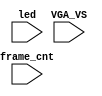
`timescale 1ns/1ps

module mist_dump(
    input           VGA_VS,
    input           led,
    input   [31:0]  frame_cnt
);

`ifdef DUMP
`ifndef NCVERILOG // iVerilog:
    initial begin
        // #(200*100*1000*1000);
        $display("iverilog: DUMP enabled");
        $dumpfile("test.lxt");
    end
    `ifdef LOADROM
    //always @(negedge led) if( $time > 20000 ) begin // led = downloading signal
    initial begin
        $display("iverilog: DUMP starts");
        $dumpvars(1,mist_test.UUT.u_game);
        $dumpon;
    end
    `else
        `ifdef DUMP_START
        always @(negedge VGA_VS) if( frame_cnt==`DUMP_START ) begin
        `else
            initial begin
        `endif
            $display("DUMP starts");
            `ifdef DEEPDUMP
                $dumpvars(0,mist_test);
            `else
                $dumpvars(1,mist_test.UUT.u_game.u_main);
                $dumpvars(1,mist_test.UUT.u_game.u_sdram);
                $dumpvars(1,mist_test.UUT.u_game.u_sdram.u_dwnld);
                //$dumpvars(1,mist_test.UUT.u_game.u_sound);
                //$dumpvars(1,mist_test.UUT.u_game.u_video);
                $dumpvars(1,mist_test.frame_cnt);
            `endif
            $dumpon;
        end
    `endif
`else // NCVERILOG
    `ifdef DUMP_START
    always @(negedge VGA_VS) if( frame_cnt==`DUMP_START ) begin
    `else
    initial begin
    `endif
        $shm_open("test.shm");
        `ifdef DEEPDUMP
            $display("NC Verilog: will dump all signals");
            $shm_probe(mist_test,"AS");
        `else
            $display("NC Verilog: will dump selected signals");
            $shm_probe(frame_cnt);
            $shm_probe(UUT.u_game,"A");
            $shm_probe(UUT.u_game.u_main,"A");
            $shm_probe(UUT.u_game.u_sdram,"A");
            $shm_probe(UUT.u_game.u_sdram.u_dwnld,"A");
            // $shm_probe(UUT.u_game.u_sound,"A");
            // $shm_probe(UUT.u_game.u_video,"A");
        `endif
    end
`endif
`endif

endmodule // mist_dump